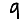
Digit: 9